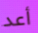
أعد